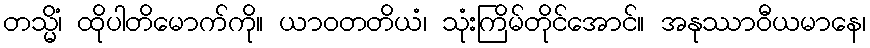
တသ္မိံ၊ ထိုပါတိမောက်ကို။ ယာဝတတိယံ၊ သုံးကြိမ်တိုင်အောင်။ အနုဿာဝီယမာနေ၊